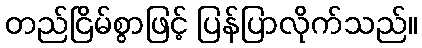
တည်ငြိမ်စွာဖြင့် ပြန်ပြာလိုက်သည်။